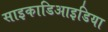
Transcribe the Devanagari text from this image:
साइकाडिआइडिया